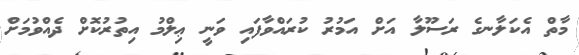
މާތް އެކަލާނގެ ރަސޫލާ އަށް އަމުރު ކުރައްވާފައި ވަނީ ޢިލްމު އިތުރުކޮށް ދެއްވުމަށް